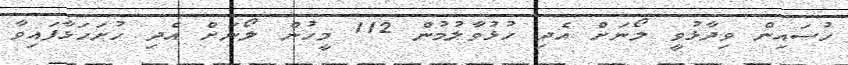
ހުސައިން ވިދާޅުވީ ލޯނަށް އެދި ހުޅުވާލުމުން 112 މީހުން ލޯނަށް އެދި ހުށަހަޅާފައިވާ